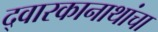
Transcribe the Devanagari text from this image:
द्वारकानाथांचा